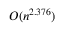
O ( n ^ { 2 . 3 7 6 } )